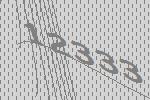
12333